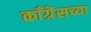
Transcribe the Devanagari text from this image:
काँग्रॆसच्या